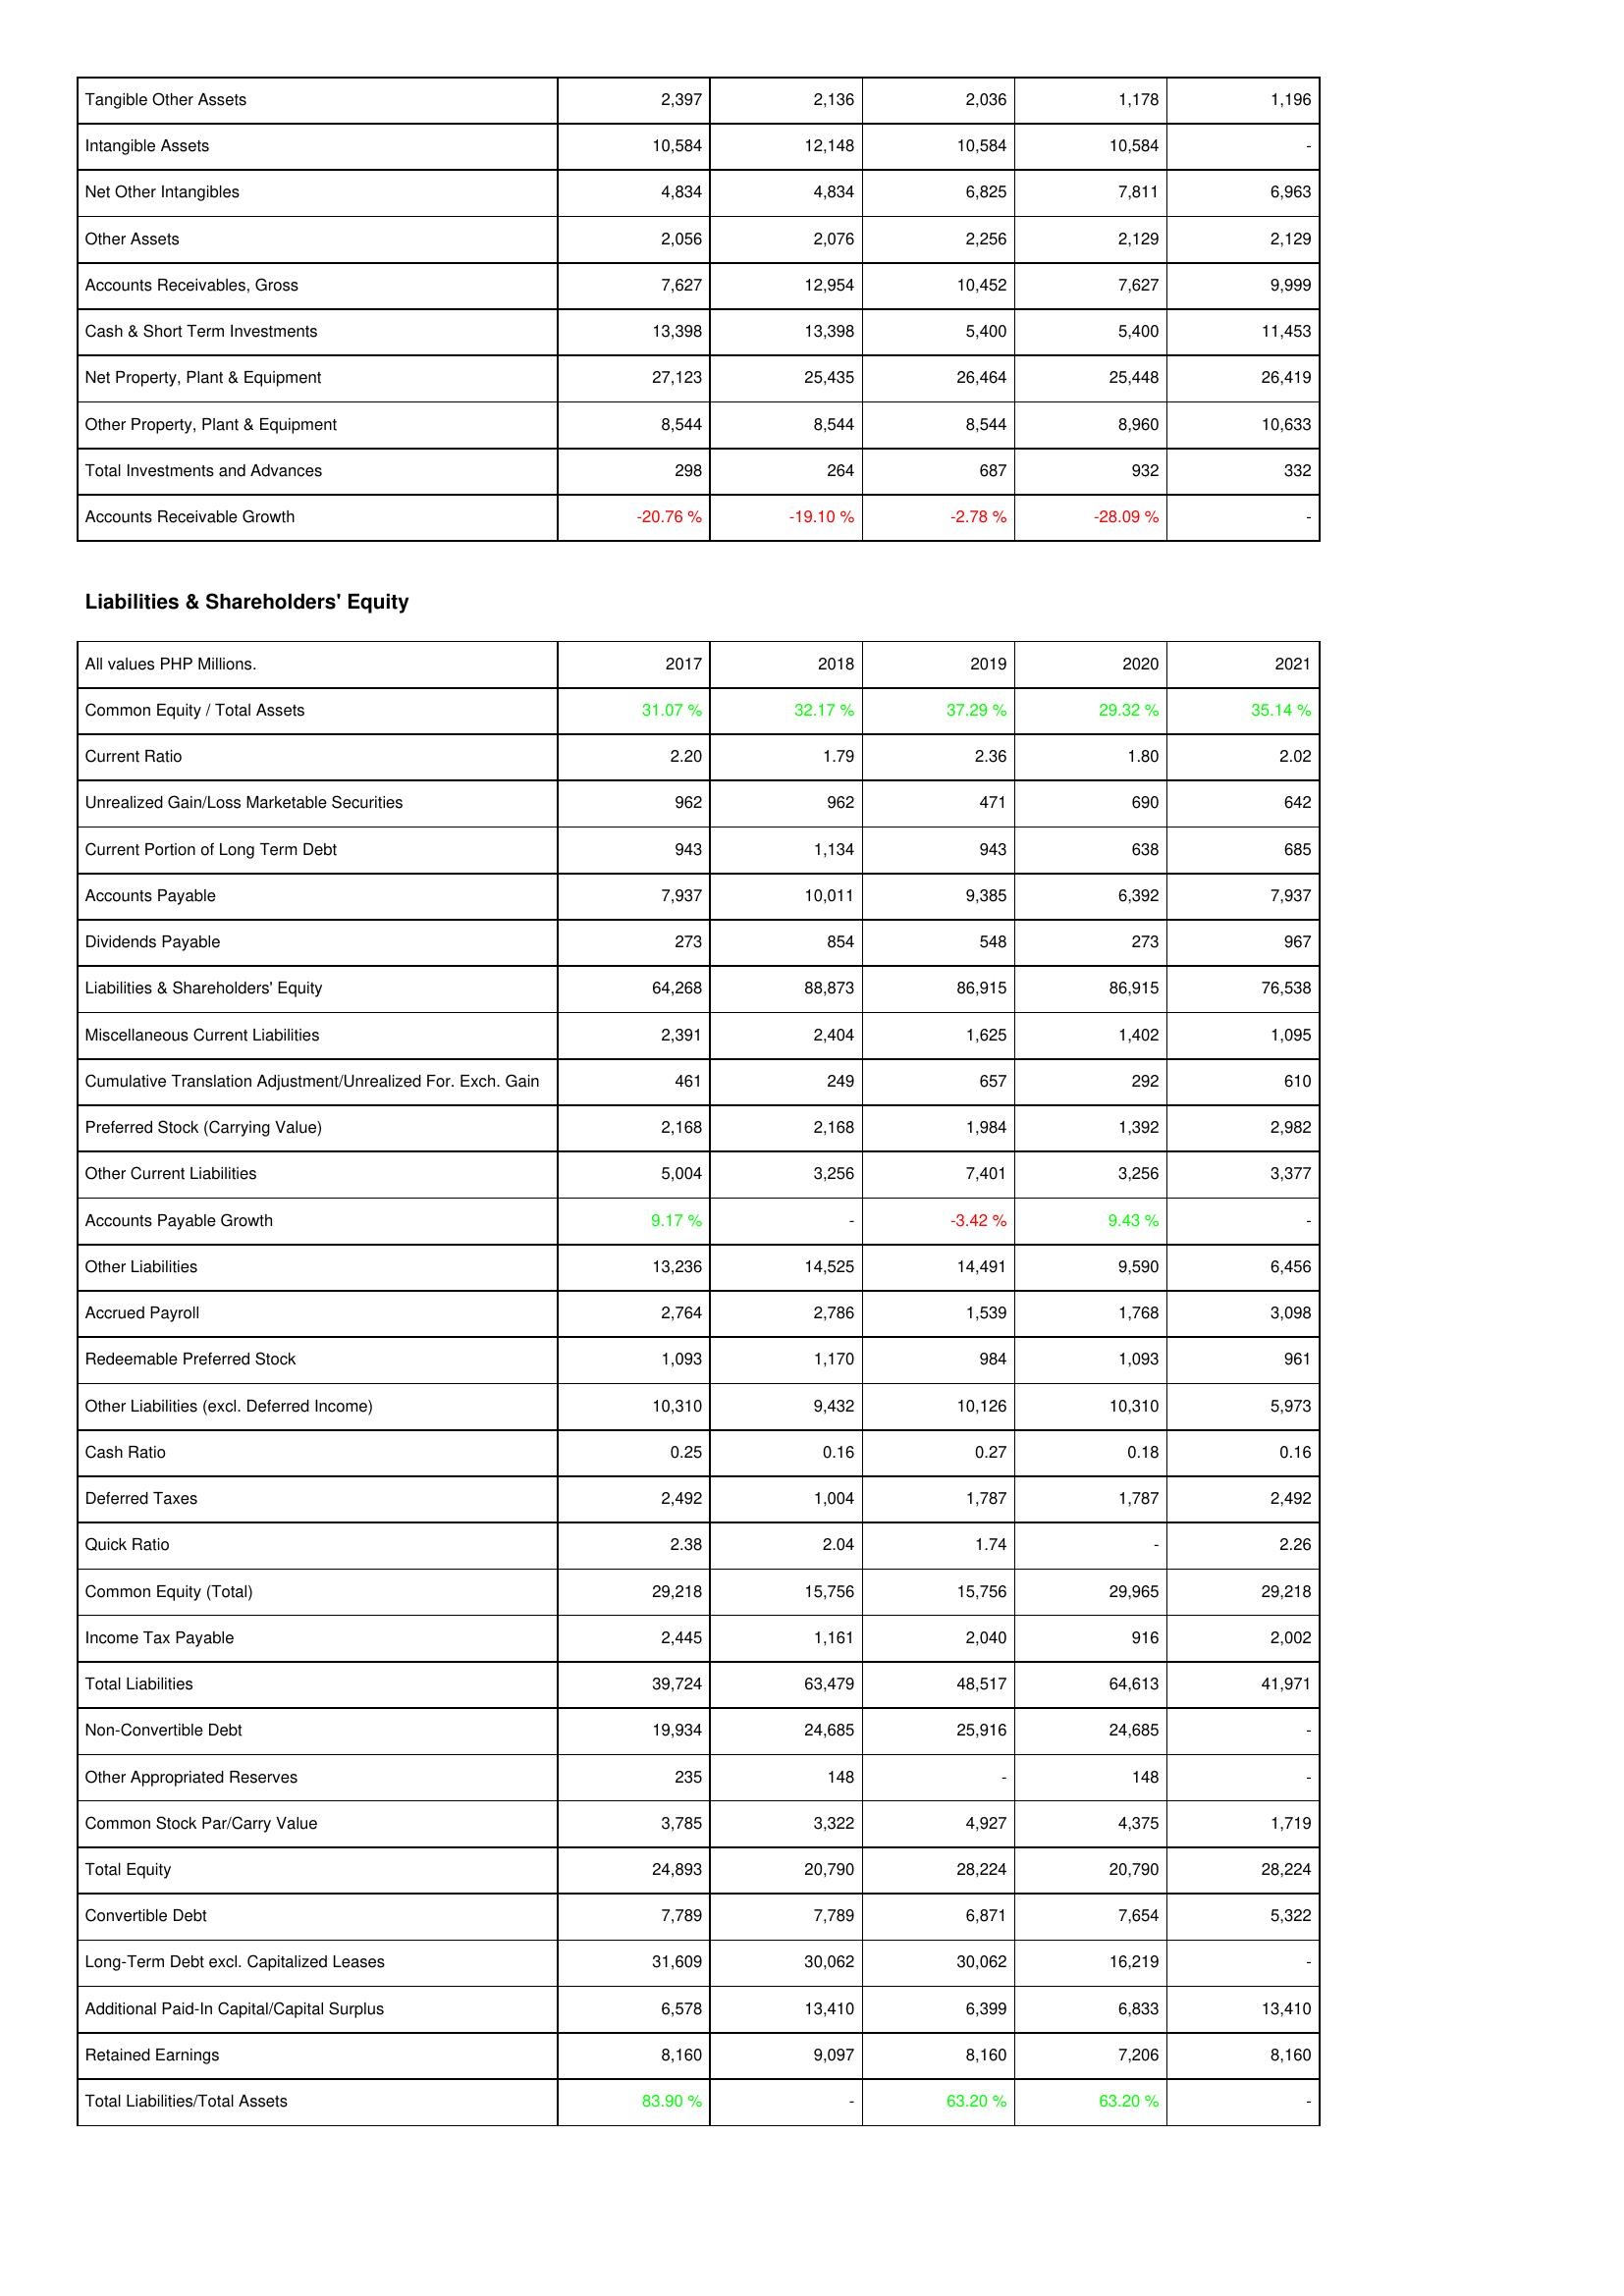
2017: Assets: Tangible Other Assets: 2,397
Intangible Assets: 10,584
Net Other Intangibles: 4,834
Other Assets: 2,056
Accounts Receivables, Gross: 7,627
Cash & Short Term Investments: 13,398
Net Property, Plant & Equipment: 27,123
Other Property, Plant & Equipment: 8,544
Total Investments and Advances: 298
Accounts Receivable Growth: -20.76 %
Liabilities & Shareholders' Equity: Common Equity / Total Assets: 31.07 %
Current Ratio: 2.20
Unrealized Gain/Loss Marketable Securities: 962
Current Portion of Long Term Debt: 943
Accounts Payable: 7,937
Dividends Payable: 273
Liabilities & Shareholders' Equity: 64,268
Miscellaneous Current Liabilities: 2,391
Cumulative Translation Adjustment/Unrealized For. Exch. Gain: 461
Preferred Stock (Carrying Value): 2,168
Other Current Liabilities: 5,004
Accounts Payable Growth: 9.17 %
Other Liabilities: 13,236
Accrued Payroll: 2,764
Redeemable Preferred Stock: 1,093
Other Liabilities (excl. Deferred Income): 10,310
Cash Ratio: 0.25
Deferred Taxes: 2,492
Quick Ratio: 2.38
Common Equity (Total): 29,218
Income Tax Payable: 2,445
Total Liabilities: 39,724
Non-Convertible Debt: 19,934
Other Appropriated Reserves: 235
Common Stock Par/Carry Value: 3,785
Total Equity: 24,893
Convertible Debt: 7,789
Long-Term Debt excl. Capitalized Leases: 31,609
Additional Paid-In Capital/Capital Surplus: 6,578
Retained Earnings: 8,160
Total Liabilities/Total Assets: 83.90 %
2018: Assets: Tangible Other Assets: 2,136
Intangible Assets: 12,148
Net Other Intangibles: 4,834
Other Assets: 2,076
Accounts Receivables, Gross: 12,954
Cash & Short Term Investments: 13,398
Net Property, Plant & Equipment: 25,435
Other Property, Plant & Equipment: 8,544
Total Investments and Advances: 264
Accounts Receivable Growth: -19.10 %
Liabilities & Shareholders' Equity: Common Equity / Total Assets: 32.17 %
Current Ratio: 1.79
Unrealized Gain/Loss Marketable Securities: 962
Current Portion of Long Term Debt: 1,134
Accounts Payable: 10,011
Dividends Payable: 854
Liabilities & Shareholders' Equity: 88,873
Miscellaneous Current Liabilities: 2,404
Cumulative Translation Adjustment/Unrealized For. Exch. Gain: 249
Preferred Stock (Carrying Value): 2,168
Other Current Liabilities: 3,256
Accounts Payable Growth: -
Other Liabilities: 14,525
Accrued Payroll: 2,786
Redeemable Preferred Stock: 1,170
Other Liabilities (excl. Deferred Income): 9,432
Cash Ratio: 0.16
Deferred Taxes: 1,004
Quick Ratio: 2.04
Common Equity (Total): 15,756
Income Tax Payable: 1,161
Total Liabilities: 63,479
Non-Convertible Debt: 24,685
Other Appropriated Reserves: 148
Common Stock Par/Carry Value: 3,322
Total Equity: 20,790
Convertible Debt: 7,789
Long-Term Debt excl. Capitalized Leases: 30,062
Additional Paid-In Capital/Capital Surplus: 13,410
Retained Earnings: 9,097
Total Liabilities/Total Assets: -
2019: Assets: Tangible Other Assets: 2,036
Intangible Assets: 10,584
Net Other Intangibles: 6,825
Other Assets: 2,256
Accounts Receivables, Gross: 10,452
Cash & Short Term Investments: 5,400
Net Property, Plant & Equipment: 26,464
Other Property, Plant & Equipment: 8,544
Total Investments and Advances: 687
Accounts Receivable Growth: -2.78 %
Liabilities & Shareholders' Equity: Common Equity / Total Assets: 37.29 %
Current Ratio: 2.36
Unrealized Gain/Loss Marketable Securities: 471
Current Portion of Long Term Debt: 943
Accounts Payable: 9,385
Dividends Payable: 548
Liabilities & Shareholders' Equity: 86,915
Miscellaneous Current Liabilities: 1,625
Cumulative Translation Adjustment/Unrealized For. Exch. Gain: 657
Preferred Stock (Carrying Value): 1,984
Other Current Liabilities: 7,401
Accounts Payable Growth: -3.42 %
Other Liabilities: 14,491
Accrued Payroll: 1,539
Redeemable Preferred Stock: 984
Other Liabilities (excl. Deferred Income): 10,126
Cash Ratio: 0.27
Deferred Taxes: 1,787
Quick Ratio: 1.74
Common Equity (Total): 15,756
Income Tax Payable: 2,040
Total Liabilities: 48,517
Non-Convertible Debt: 25,916
Other Appropriated Reserves: -
Common Stock Par/Carry Value: 4,927
Total Equity: 28,224
Convertible Debt: 6,871
Long-Term Debt excl. Capitalized Leases: 30,062
Additional Paid-In Capital/Capital Surplus: 6,399
Retained Earnings: 8,160
Total Liabilities/Total Assets: 63.20 %
2020: Assets: Tangible Other Assets: 1,178
Intangible Assets: 10,584
Net Other Intangibles: 7,811
Other Assets: 2,129
Accounts Receivables, Gross: 7,627
Cash & Short Term Investments: 5,400
Net Property, Plant & Equipment: 25,448
Other Property, Plant & Equipment: 8,960
Total Investments and Advances: 932
Accounts Receivable Growth: -28.09 %
Liabilities & Shareholders' Equity: Common Equity / Total Assets: 29.32 %
Current Ratio: 1.80
Unrealized Gain/Loss Marketable Securities: 690
Current Portion of Long Term Debt: 638
Accounts Payable: 6,392
Dividends Payable: 273
Liabilities & Shareholders' Equity: 86,915
Miscellaneous Current Liabilities: 1,402
Cumulative Translation Adjustment/Unrealized For. Exch. Gain: 292
Preferred Stock (Carrying Value): 1,392
Other Current Liabilities: 3,256
Accounts Payable Growth: 9.43 %
Other Liabilities: 9,590
Accrued Payroll: 1,768
Redeemable Preferred Stock: 1,093
Other Liabilities (excl. Deferred Income): 10,310
Cash Ratio: 0.18
Deferred Taxes: 1,787
Quick Ratio: -
Common Equity (Total): 29,965
Income Tax Payable: 916
Total Liabilities: 64,613
Non-Convertible Debt: 24,685
Other Appropriated Reserves: 148
Common Stock Par/Carry Value: 4,375
Total Equity: 20,790
Convertible Debt: 7,654
Long-Term Debt excl. Capitalized Leases: 16,219
Additional Paid-In Capital/Capital Surplus: 6,833
Retained Earnings: 7,206
Total Liabilities/Total Assets: 63.20 %
2021: Assets: Tangible Other Assets: 1,196
Intangible Assets: -
Net Other Intangibles: 6,963
Other Assets: 2,129
Accounts Receivables, Gross: 9,999
Cash & Short Term Investments: 11,453
Net Property, Plant & Equipment: 26,419
Other Property, Plant & Equipment: 10,633
Total Investments and Advances: 332
Accounts Receivable Growth: -
Liabilities & Shareholders' Equity: Common Equity / Total Assets: 35.14 %
Current Ratio: 2.02
Unrealized Gain/Loss Marketable Securities: 642
Current Portion of Long Term Debt: 685
Accounts Payable: 7,937
Dividends Payable: 967
Liabilities & Shareholders' Equity: 76,538
Miscellaneous Current Liabilities: 1,095
Cumulative Translation Adjustment/Unrealized For. Exch. Gain: 610
Preferred Stock (Carrying Value): 2,982
Other Current Liabilities: 3,377
Accounts Payable Growth: -
Other Liabilities: 6,456
Accrued Payroll: 3,098
Redeemable Preferred Stock: 961
Other Liabilities (excl. Deferred Income): 5,973
Cash Ratio: 0.16
Deferred Taxes: 2,492
Quick Ratio: 2.26
Common Equity (Total): 29,218
Income Tax Payable: 2,002
Total Liabilities: 41,971
Non-Convertible Debt: -
Other Appropriated Reserves: -
Common Stock Par/Carry Value: 1,719
Total Equity: 28,224
Convertible Debt: 5,322
Long-Term Debt excl. Capitalized Leases: -
Additional Paid-In Capital/Capital Surplus: 13,410
Retained Earnings: 8,160
Total Liabilities/Total Assets: -